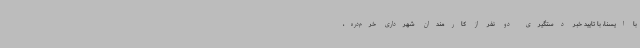
با ایسنا، با تایید خبر دستگیری دو نفر از کارمندان شهرداری خرم‌دره،